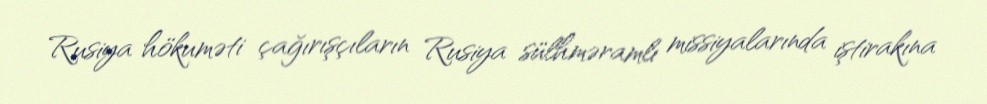
Rusiya hökuməti çağırışçıların Rusiya sülhməramlı missiyalarında iştirakına